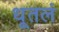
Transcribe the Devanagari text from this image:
धूतलं